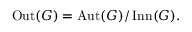
\operatorname { O u t } ( G ) = \operatorname { A u t } ( G ) / \operatorname { I n n } ( G ) .